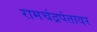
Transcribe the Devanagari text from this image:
रामचंद्रपंतावर